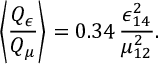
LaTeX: \left\langle \frac { Q _ { \epsilon } } { Q _ { \mu } } \right\rangle = 0 . 3 4 \, \frac { \epsilon _ { 1 4 } ^ { 2 } } { \mu _ { 1 2 } ^ { 2 } } .